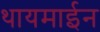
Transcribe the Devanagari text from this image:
थायमाईन